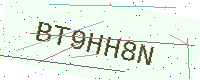
Text: BT9HH8N